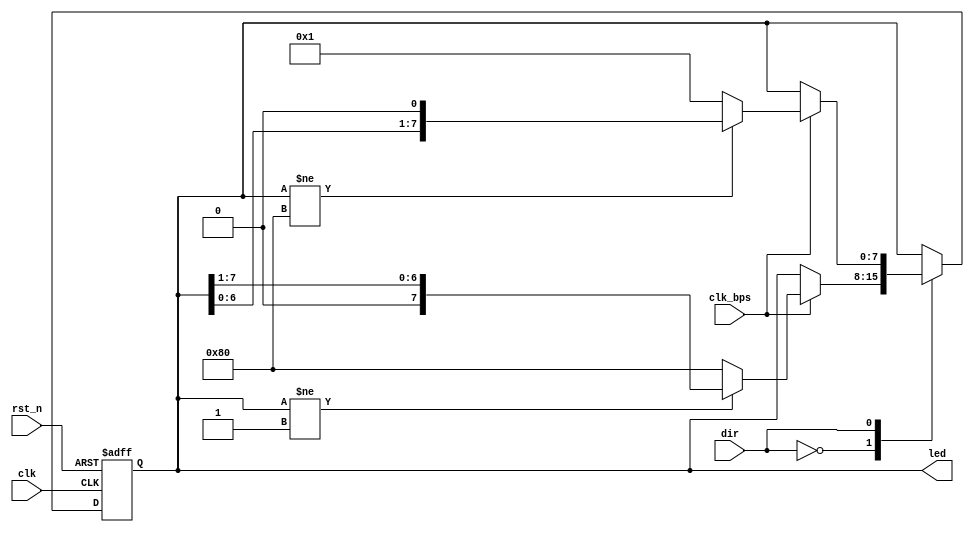
module flash_led_ctrl(input clk, input rst_n, input dir, input clk_bps, output reg[7:0] led);

always @(posedge clk or negedge rst_n) begin
    if (!rst_n)
        led <= 8'h80;
    else
        case (dir)
            1'b0: 
                if (clk_bps) 
                    if (led != 8'h01)
                        led <= (led >> 1'b1);
                    else
                        led <= 8'h80;
            1'b1:
                if (clk_bps)
                    if (led != 8'h80)
                        led <= (led << 1'b1);
                    else 
                        led <= 8'h01; 
        endcase
end

endmodule